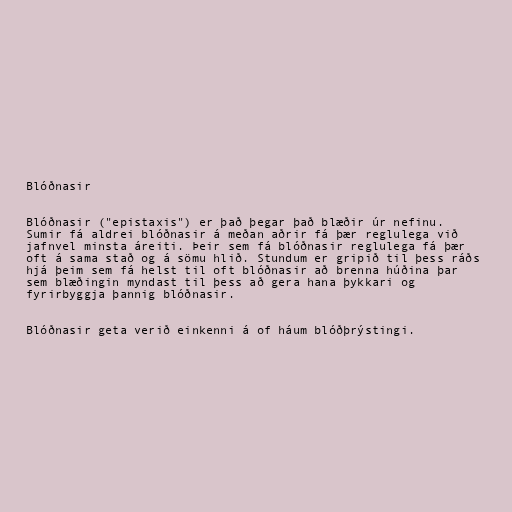
Blóðnasir

Blóðnasir ("epistaxis") er það þegar það blæðir úr nefinu.
Sumir fá aldrei blóðnasir á meðan aðrir fá þær reglulega við
jafnvel minsta áreiti. Þeir sem fá blóðnasir reglulega fá þær
oft á sama stað og á sömu hlið. Stundum er gripið til þess ráðs
hjá þeim sem fá helst til oft blóðnasir að brenna húðina þar
sem blæðingin myndast til þess að gera hana þykkari og
fyrirbyggja þannig blóðnasir.

Blóðnasir geta verið einkenni á of háum blóðþrýstingi.